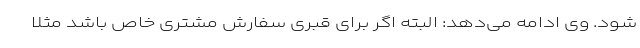
شود. وی ادامه می‌دهد: البته اگر برای قبری سفارش مشتری خاص باشد مثلا